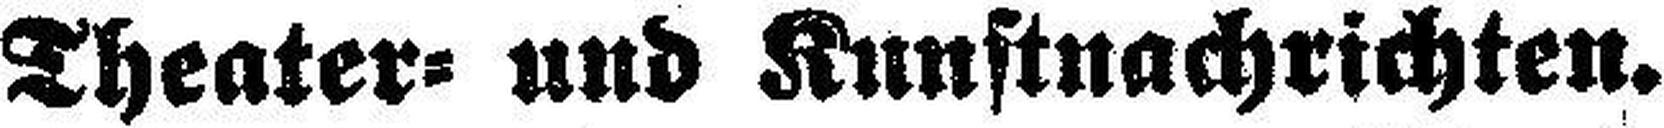
Theater= und Kunstnachrichten.